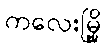
ကလေးမြို့